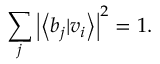
\sum _ { j } \left| \left\langle b _ { j } | v _ { i } \right\rangle \right| ^ { 2 } = 1 .